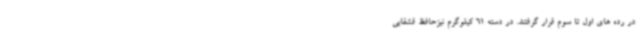
در رده های اول تا سوم قرار گرفتند. در دسته 61 کیلوگرم نیزحافظ قشقایی